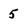
Character: 5